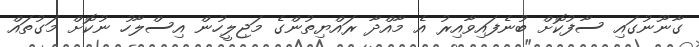
ގާނޫނުގައި ސާފުކޮށް ބުނެފައިވާއިރު އެ މާއްދާ ރައްޔިތުންގެ މަޖިލީހުން އިސްލާހު ނުކޮށް މަގުތައް